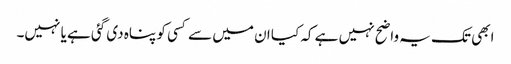
ابھی تک یہ واضح نہیں ہے کہ کیا ان میں سے کسی کو پناہ دی گئی ہے یا نہیں۔